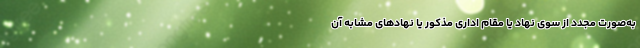
به‌صورت مجدد از سوی نهاد یا مقام اداری مذکور یا نهادهای مشابه آن